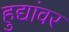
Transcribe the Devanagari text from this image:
हुद्यांवर